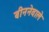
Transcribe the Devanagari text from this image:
बीननेवाले